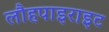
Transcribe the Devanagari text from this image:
लौहपाइराइट